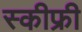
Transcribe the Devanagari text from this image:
स्कीफ्री